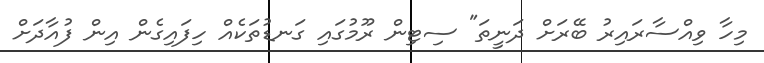
މިހާ ވިއްސާރައިރު ބޭރަށް ދަނީތަ" ސިޓިން ރޫމުގައި ގަނޑުތަކެއް ހިފައިގެން އިން ފުއާދަށް